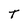
Character: T